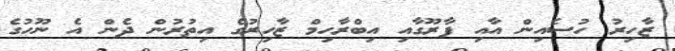
ޒާހިރު ހުސެއިން އާއި ފާރޫގާއި އިބްރާހިމް ޒާހިރުގެ އިތުރުން ދެން އެ ނޫހުގެ